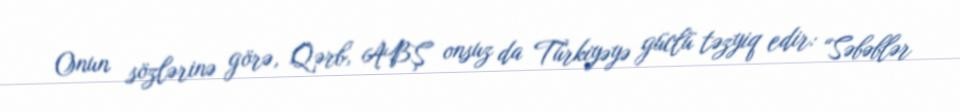
Onun sözlərinə görə, Qərb, ABŞ onsuz da Türkiyəyə güclü təzyiq edir: “Səbəblər